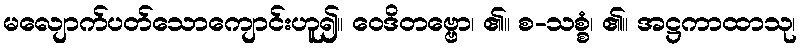
မလျောက်ပတ်သောကျောင်းဟူ၍။ ဝေဒိတဗ္ဗော၊ ၏။ စ-သစ္စံ၊ ၏။ အဋ္ဌကာထာသု၊